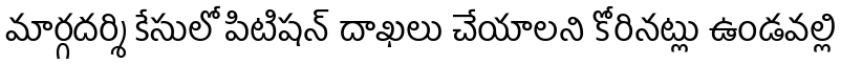
మార్గదర్శి కేసులో పిటిషన్ దాఖలు చేయాలని కోరినట్లు ఉండవల్లి